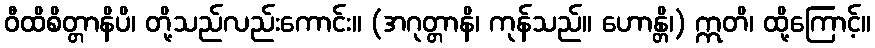
ဝီထိစိတ္တာနိပိ၊ တို့သည်လည်းကောင်း။ (အဂုတ္တာနိ၊ ကုန်သည်။ ဟောန္တိ၊) ဣတိ၊ ထို့ကြောင့်။